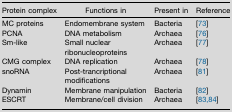
<table><thead><tr><td><b>Protein complex</b></td><td><b>Functions in</b></td><td><b>Present in</b></td><td><b>Reference</b></td></tr></thead><tbody><tr><td>MC proteins</td><td>Endomembrane system</td><td>Bacteria</td><td>[73]</td></tr><tr><td>PCNA</td><td>DNA metabolism</td><td>Archaea</td><td>[76]</td></tr><tr><td>Sm-like</td><td>Small nuclear ribonucleoproteins</td><td>Archaea</td><td>[77]</td></tr><tr><td>CMG complex</td><td>DNA replication</td><td>Archaea</td><td>[78]</td></tr><tr><td>snoRNA</td><td>Post-trancriptional modifications</td><td>Archaea</td><td>[81]</td></tr><tr><td>Dynamin</td><td>Membrane manipulation</td><td>Bacteria</td><td>[82]</td></tr><tr><td>ESCRT</td><td>Membrane/cell division</td><td>Archaea</td><td>[83,84]</td></tr></tbody></table>